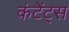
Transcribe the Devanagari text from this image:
कंटेंट्स